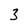
Character: 3